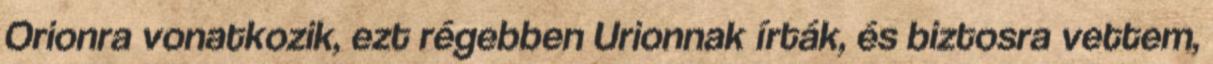
Orionra vonatkozik, ezt régebben Urionnak írták, és biztosra vettem,